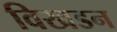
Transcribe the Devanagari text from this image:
विखडन